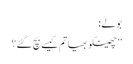
بولے:
’’چھینکو بھیا تم کیسے بچ گئے؟